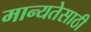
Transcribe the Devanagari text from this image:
मान्यतेसाठी